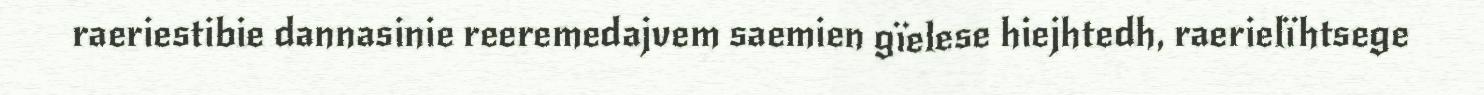
raeriestibie dannasinie reeremedajvem saemien gïelese hiejhtedh, raerielïhtsege